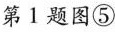
第1题图⑤